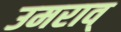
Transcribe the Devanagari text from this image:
उमराव्